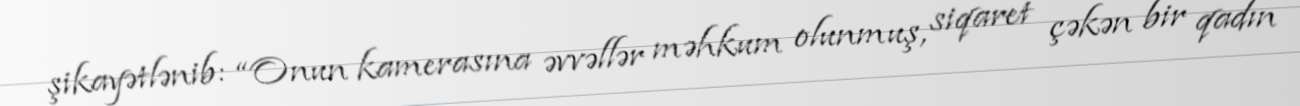
şikayətlənib: “Onun kamerasına əvvəllər məhkum olunmuş, siqaret çəkən bir qadın